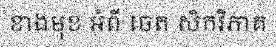
ខាងមុខ អំពី ចេត សិកវិភាគ